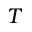
T